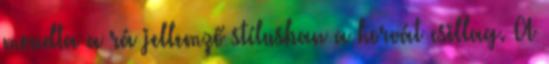
mondta a rá jellemző stílusban a horvát csillag. A